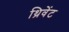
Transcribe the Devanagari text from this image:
थ्रिवेंट